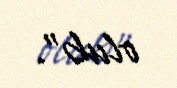
olub”.